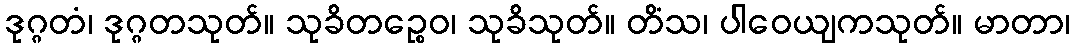
ဒုဂ္ဂတံ၊ ဒုဂ္ဂတသုတ်။ သုခိတဉ္စေဝ၊ သုခိသုတ်။ တိံသ၊ ပါဝေယျကသုတ်။ မာတာ၊